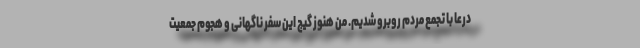
درعا با تجمع مردم روبرو شدیم. من هنوز گیج این سفر ناگهانی و هجوم جمعیت